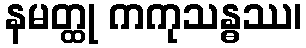
နမတ္ထု ကကုသန္ဓဿ၊